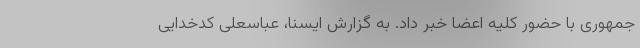
جمهوری با حضور کلیه اعضا خبر داد. به گزارش ایسنا، عباسعلی کدخدایی